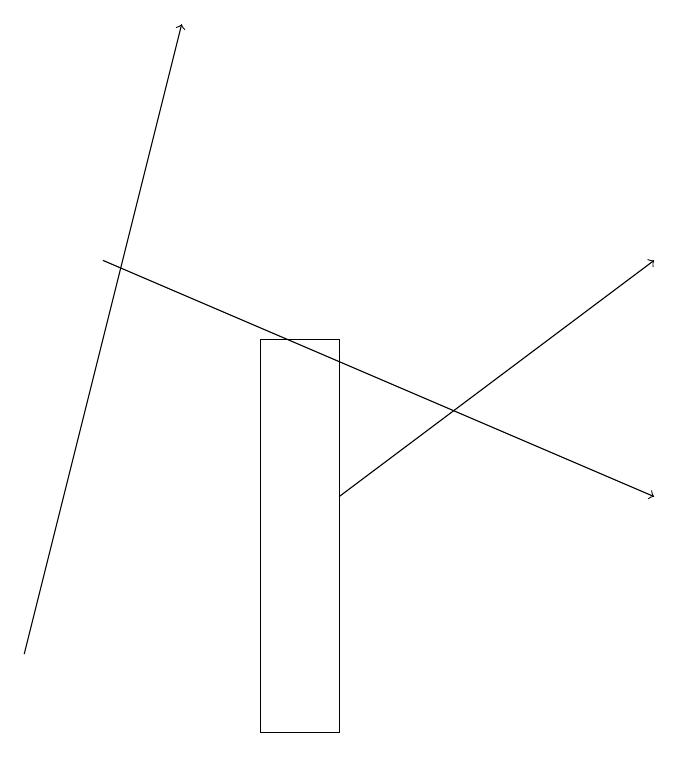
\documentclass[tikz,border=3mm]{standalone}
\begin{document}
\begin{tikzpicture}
\draw[->] (2,16) -- (9,13);
\draw[->] (5,13) -- (9,16);
\draw[->] (1,11) -- (3,19);
\draw (5,15) rectangle (4,10);
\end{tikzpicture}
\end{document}